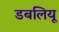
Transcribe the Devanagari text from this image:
डबलियू